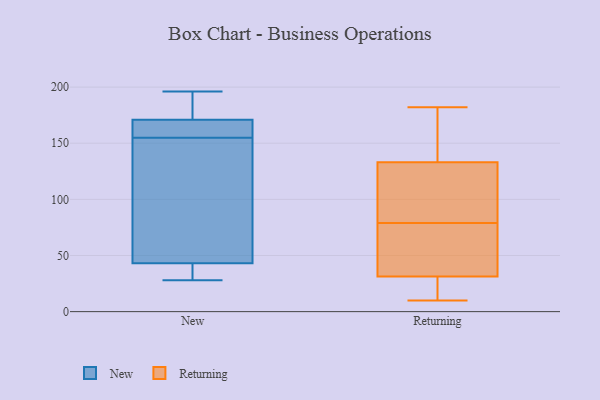
{"axis": {"x": "Customer Acquisition Cost (USD)", "y": "Value"}, "legend": ["New", "Returning"], "data": [{"x": "", "y": 171, "type": "New"}, {"x": "", "y": 78, "type": "New"}, {"x": "", "y": 35, "type": "New"}, {"x": "", "y": 156, "type": "New"}, {"x": "", "y": 43, "type": "New"}, {"x": "", "y": 154, "type": "New"}, {"x": "", "y": 167, "type": "New"}, {"x": "", "y": 196, "type": "New"}, {"x": "", "y": 194, "type": "New"}, {"x": "", "y": 28, "type": "New"}, {"x": "", "y": 31, "type": "Returning"}, {"x": "", "y": 135, "type": "Returning"}, {"x": "", "y": 10, "type": "Returning"}, {"x": "", "y": 35, "type": "Returning"}, {"x": "", "y": 32, "type": "Returning"}, {"x": "", "y": 109, "type": "Returning"}, {"x": "", "y": 88, "type": "Returning"}, {"x": "", "y": 55, "type": "Returning"}, {"x": "", "y": 164, "type": "Returning"}, {"x": "", "y": 168, "type": "Returning"}, {"x": "", "y": 127, "type": "Returning"}, {"x": "", "y": 31, "type": "Returning"}, {"x": "", "y": 29, "type": "Returning"}, {"x": "", "y": 182, "type": "Returning"}, {"x": "", "y": 79, "type": "Returning"}]}